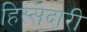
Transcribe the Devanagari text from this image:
हिस्‍सेदारी